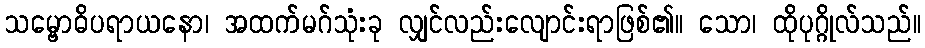
သမ္ဗောဓိပရာယနော၊ အထက်မဂ်သုံးခု လျှင်လည်းလျောင်းရာဖြစ်၏။ သော၊ ထိုပုဂ္ဂိုလ်သည်။